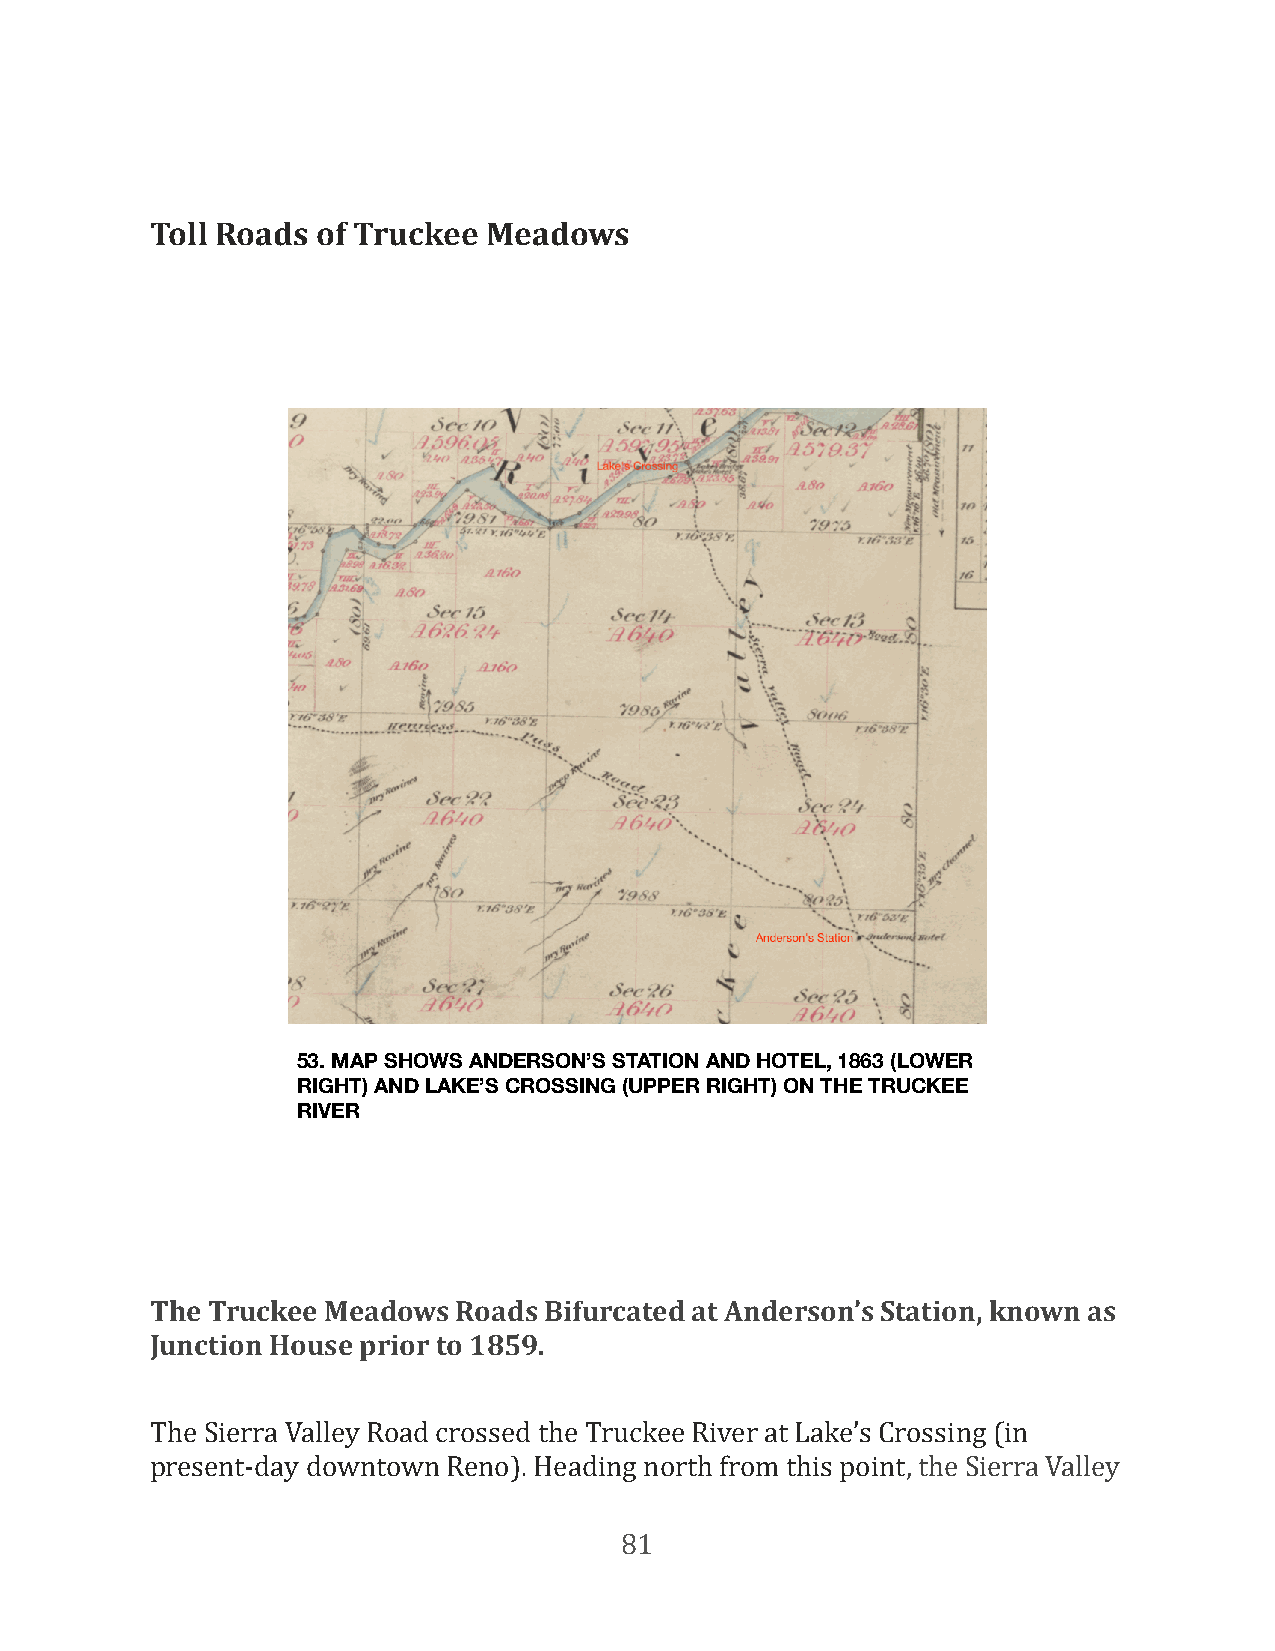
Toll Roads of Truckee Meadows
 53. MAP SHOWS ANDERSON’S STATION AND HOTEL, 1863 (LOWER
 RIGHT) AND LAKE’S CROSSING (UPPER RIGHT) ON THE TRUCKEE
 RIVER
 The Truckee Meadows Roads Bifurcated at Anderson’s Station, known as
 Junction House prior to 1859.
 The Sierra Valley Road crossed the Truckee River at Lake’s Crossing (in
 present-day downtown Reno). Heading north from this point, the Sierra Valley
 81